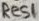
Text: Res1